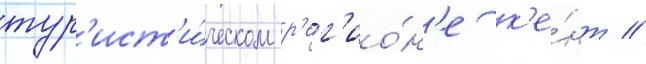
тур'ист'и́ческом р'ег'ио́н'е к'е́нт //